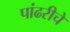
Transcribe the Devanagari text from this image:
पांढरीचे